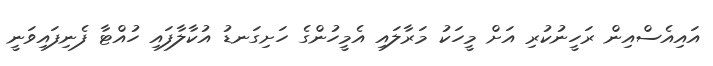
އައިއެސްއިން ރަހީނުކުރި އަށް މީހަކު މަރާލައި އެމީހުންގެ ހަށިގަނޑު އުކާލާފައި ހުއްޓާ ފެނިފައިވަނީ